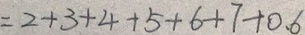
= 2 + 3 + 4 + 5 + 6 + 7 + 0 . 6